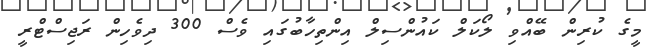
މީގެ ކުރިން ބޭއްވި ލޯކަލް ކައުންސިލް އިންތިހާބުގައި ވެސް 300 ދިވެހިން ރަޖިސްޓްރީ